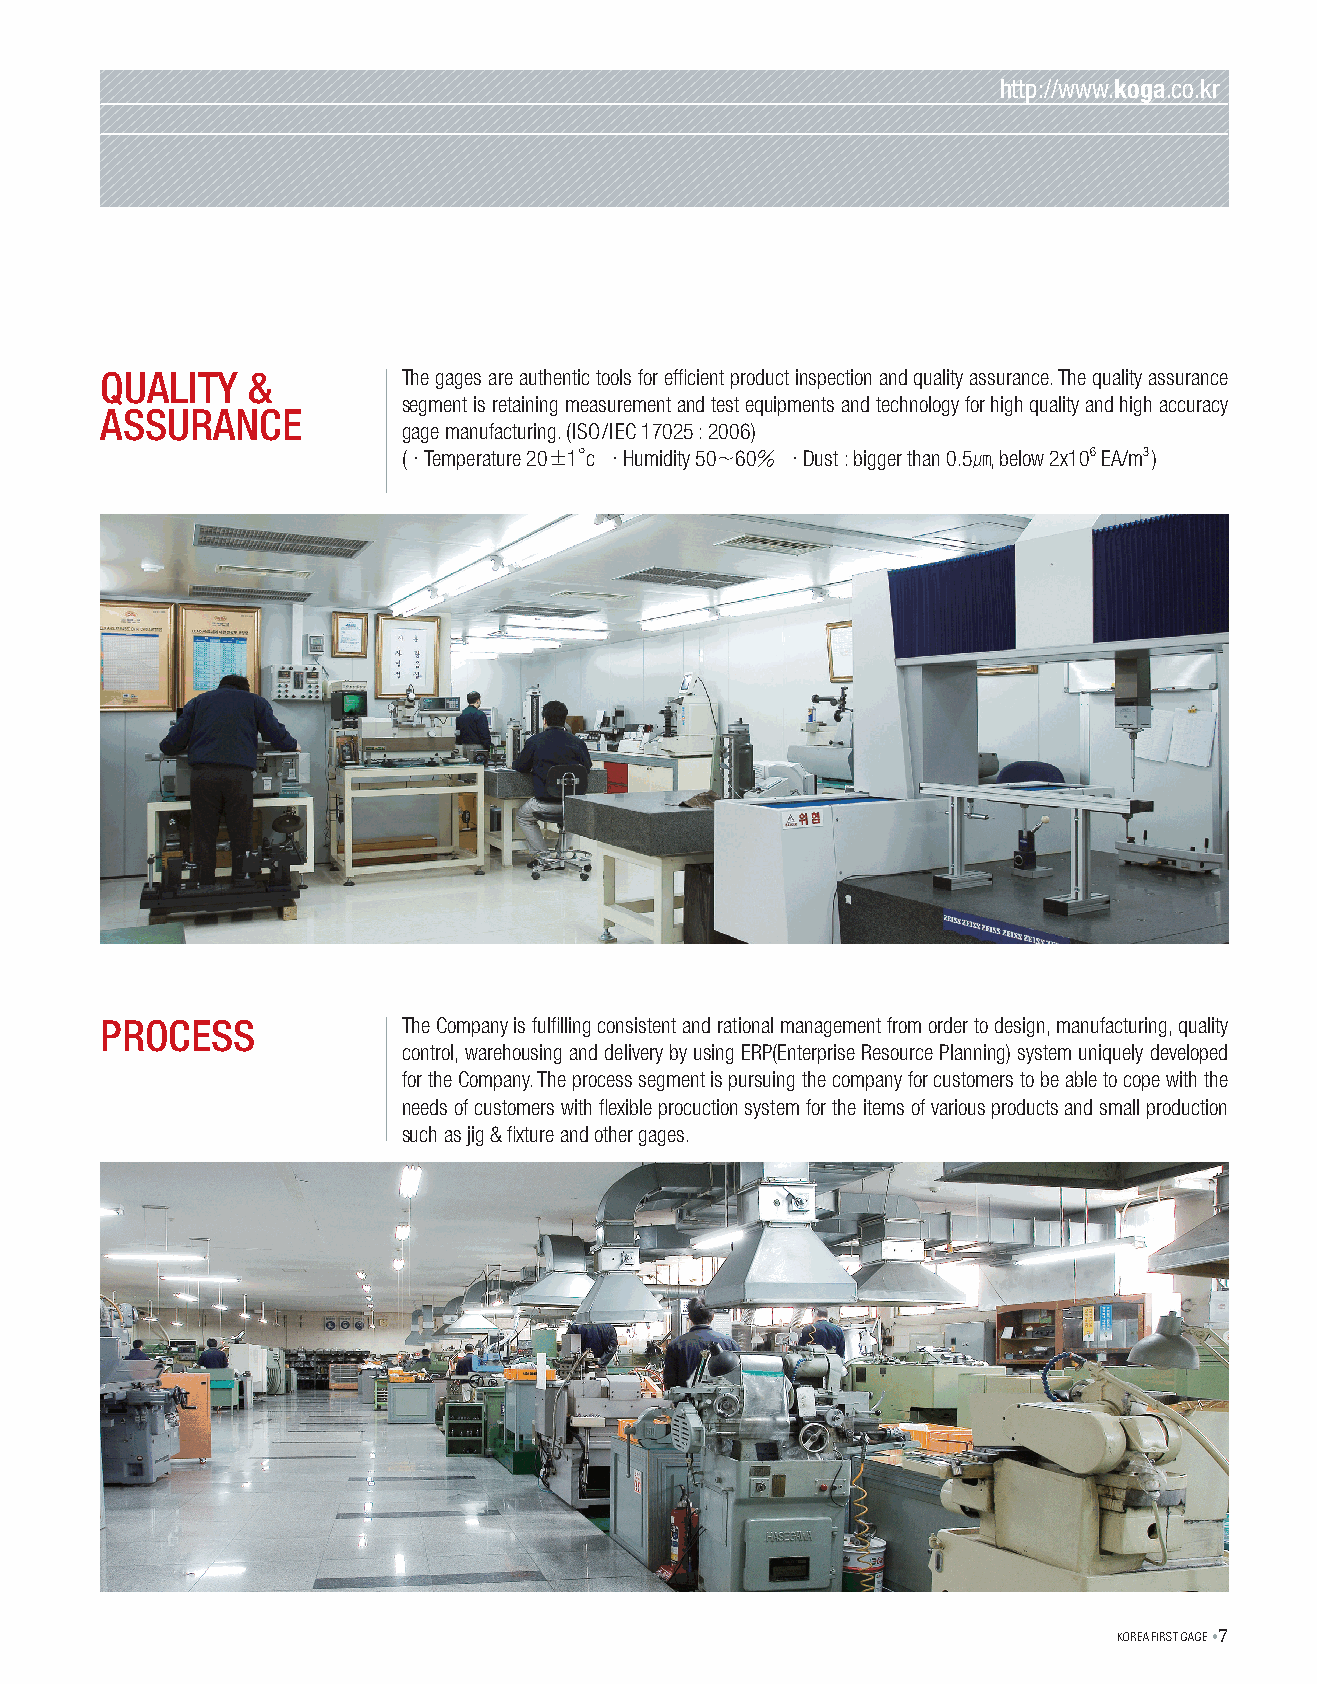
KOREA             FIRST       GAGE
 http://www.koga.co.kr
 QUAliTy  &          The gages are authentic tools for efficient product inspection and quality assurance. The quality assurance
 segment is retaining measurement and test equipments and technology for high quality and high accuracy
 ASSUrANce
 gage manufacturing. (ISO/IEC 17025:2006)
 (·Temperature 20±1°c ·Humidity 50~60% ·Dust : bigger than 0.5㎛, below 2x106 EA/m3 )
 prOceSS             The Company is fulfilling consistent and rational management from order to design, manufacturing, quality
 control, warehousing and delivery by using ERP(Enterprise Resource Planning) system uniquely developed
 for the Company. The process segment is pursuing the company for customers to be able to cope with the
 needs of customers with flexible procuction system for the items of various products and small production
 such as jig & fixture and other gages.
 KOREA FIRST GAGE •7